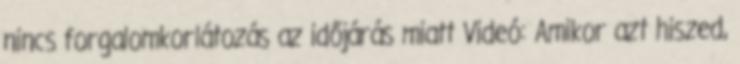
nincs forgalomkorlátozás az időjárás miatt Videó: Amikor azt hiszed,